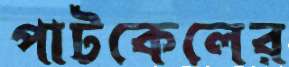
পাটকেলের